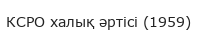
КСРО халық әртісі (1959)